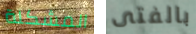
المشكلة بالفتى